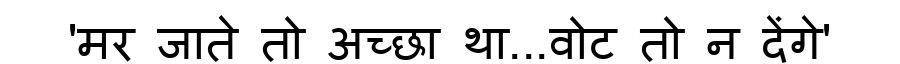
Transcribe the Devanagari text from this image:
'मर जाते तो अच्छा था...वोट तो न देंगे'